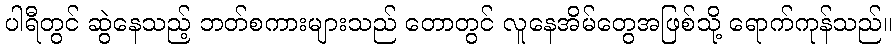
ပါရီတွင် ဆွဲနေသည့် ဘတ်စကားများသည် တောတွင် လူနေအိမ်တွေအဖြစ်သို့ ရောက်ကုန်သည်။